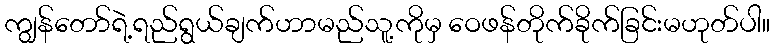
ကျွန်တော်ရဲ့ရည်ရွယ်ချက်ဟာမည်သူ့ကိုမှ ဝေဖန်တိုက်ခိုက်ခြင်းမဟုတ်ပါ။